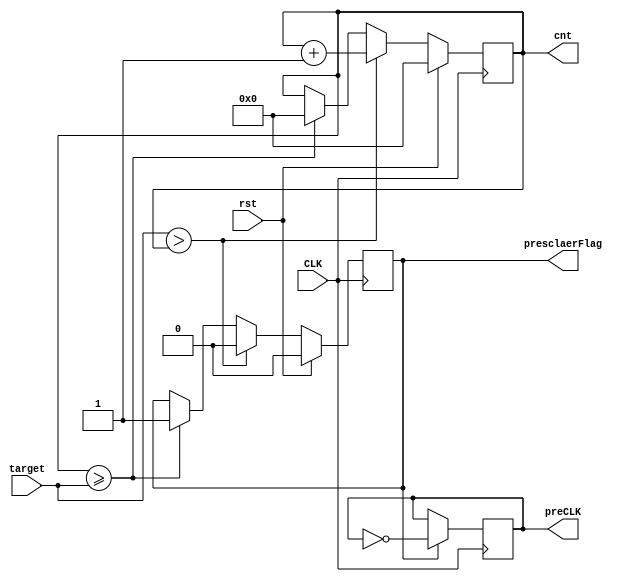
module presclaer(
    input				CLK,
    input               rst,
    input      [31:0]	target,
	output reg [31:0]	cnt,
    output reg         	presclaerFlag,
	output reg			preCLK
);
	reg prescalingCLK = 1;

	// clk counter
	always @(posedge CLK) begin
        if (rst == 1) begin
            cnt <= 0;
            presclaerFlag <= 0;
        end
        else begin
            if(target > cnt) begin
                cnt <= cnt + 1;
                presclaerFlag <= 0;
            end
            else if (cnt >= target) begin
                cnt <= 0;
                presclaerFlag <= 1;
            end
        end
	end

	always @(posedge CLK) begin
		if (presclaerFlag == 1) preCLK <= preCLK ^ 1;
	end
endmodule